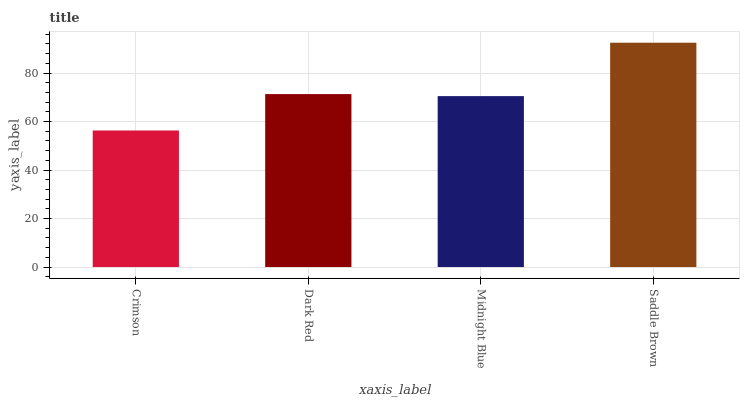
| xaxis_label | bars |
 | --- | --- |
 | Crimson | 56.3 |
 | Dark Red | 71.3 |
 | Midnight Blue | 70.5 |
 | Saddle Brown | 92.5 |